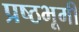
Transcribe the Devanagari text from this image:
प्रष्ठभूमी